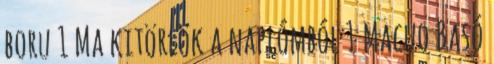
boru 1 Ma kitörlök a naplómból 1 Macuo Basó